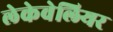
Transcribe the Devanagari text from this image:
लेकेवेलियर